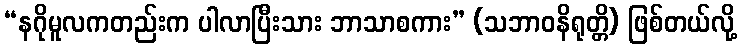
“နဂိုမူလကတည်းက ပါလာပြီးသား ဘာသာစကား” (သဘာဝနိရုတ္တိ) ဖြစ်တယ်လို့